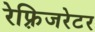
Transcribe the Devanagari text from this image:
रेफ़्रिजरेटर